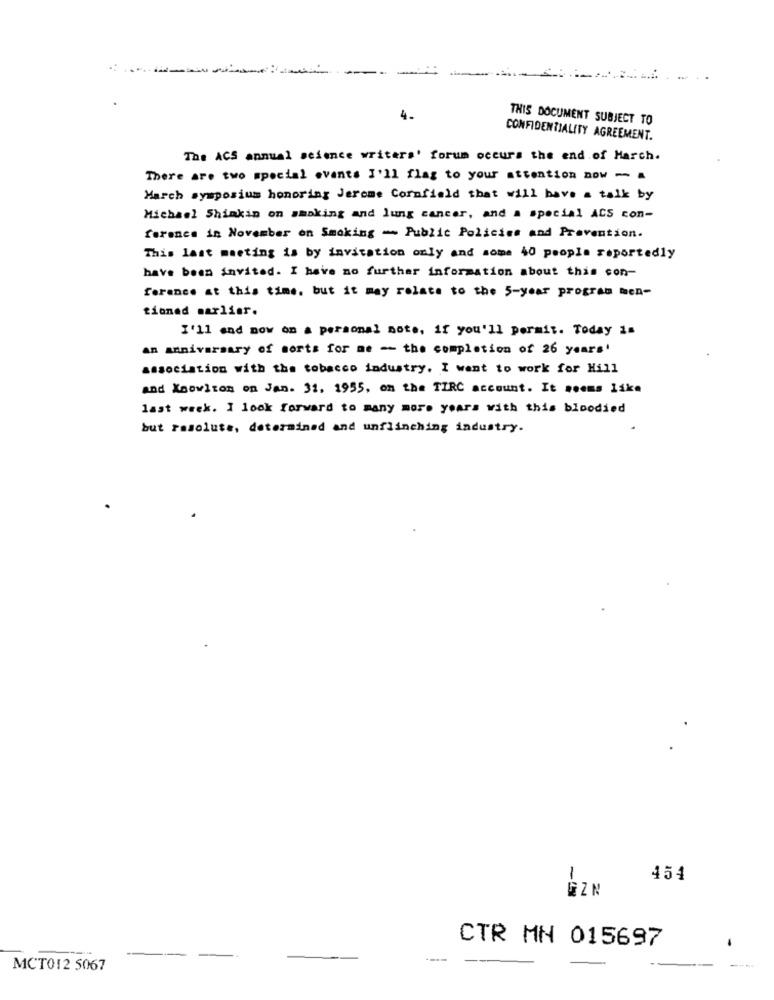
4.
THIS DOCUMENT SUBJECT TO
CONFIDENTIALITY AGREEMENT.
The ACS annual science writers' forum occurs the end of March.
There are two special events I'll flas to your attention now - a
March symposium honoring Jerome Cornfield that will have a talk by
Michael Shinkin on smoking and lung cancer, and a special ACS con-
farenes in November on Smoking - Public Policies and Prevention.
This last meeting is by invitation only and some 40 people reportedly
have been invited. I have no further information about this con-
ference at this time, but it may relate to the 5-year program men-
tioned marlier.
I'll and now on a personal note, if you'll permit. Today is
an anniversary of sorts for me -- the completion of 26 years'
association with the tobacco industry. I went to work for Hill
and Knowlton on Jan. 31. 1955, on the TIRC account. It seems like
last week. I look forward to many more years with this bloodied
but rasolute, determined and unflinching industry.
1
454
GZN
CTR MN 015697
-
MCT012 5067